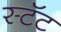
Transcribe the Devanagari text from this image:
स्टॅट